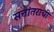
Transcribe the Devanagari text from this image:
सत्तांतराची